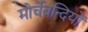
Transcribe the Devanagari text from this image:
मोर्चेबन्दियों